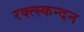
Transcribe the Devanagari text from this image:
रक्त्स्कन्दन